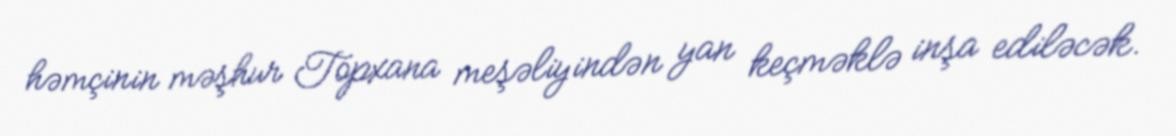
həmçinin məşhur Topxana meşəliyindən yan keçməklə inşa ediləcək.